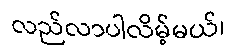
လည်လာပါလိမ့်မယ်၊